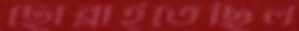
ছোব্‌লাইতেছিল